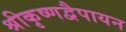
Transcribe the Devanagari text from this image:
श्रीकृष्णद्वैपायन